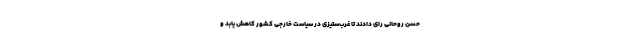
حسن روحانی رای دادند تا غرب‌ستیزی در سیاست خارجی کشور کاهش یابد و